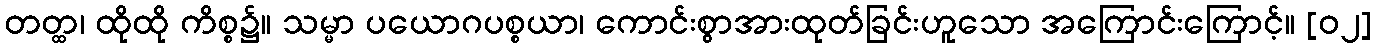
တတ္ထ၊ ထိုထို ကိစ္စ၌။ သမ္မာ ပယောဂပစ္စယာ၊ ကောင်းစွာအားထုတ်ခြင်းဟူသော အကြောင်းကြောင့်။ [၀၂]